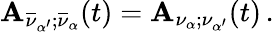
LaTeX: {\cal\mathbf{A}}_{\overline{{{{\nu}}}}_{\alpha^{\prime}};\overline{{{{\nu}}}}_{\alpha}}(t)={\cal\mathbf{A}}_{\nu_{\alpha};\nu_{\alpha^{\prime}}}(t)\, .